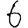
Digit: 6